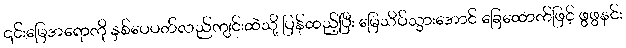
၎င်းမြေအရောကို နှစ်ပေပတ်လည်ကျင်းထဲသို့ ပြန်ထည့်ပြီး မြေသိပ်သွားအောင် ခြေထောက်ဖြင့် ဖွဖွနင်း